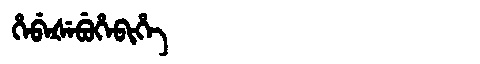
Manchu: ᡥᡝᠪᡝᡧᡝᠪᡠᡥᡝᠪᡳᡥᡝ
Romanization: HEBEŠEBUHEBIHE